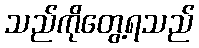
သည်ကိုတွေ့ရသည်